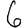
Digit: 6